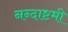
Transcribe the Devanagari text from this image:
नन्दाष्टमी